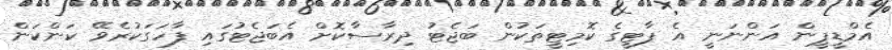
އެމްޑީޕީން އަންނަނީ އެ ޕާޓީގެ ކޮމިޓީތަކުން ބަޖެޓު ދިރާސާކޮށް އެބަޖެޓުގައި ފާހަގަކުރެވޭ ކަންކަން